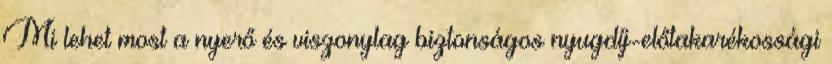
Mi lehet most a nyerő és viszonylag biztonságos nyugdíj-előtakarékossági